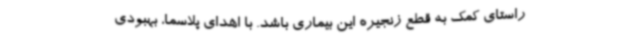
راستای کمک به قطع زنجیره این بیماری باشد. با اهدای پلاسما، بهبودی